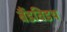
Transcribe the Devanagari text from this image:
बैंडविडथ